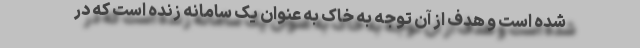
شده است و هدف از آن توجه به خاک به عنوان یک سامانه زنده است که در